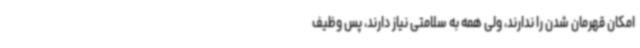
امکان قهرمان شدن را ندارند، ولی همه به سلامتی نیاز دارند، پس وظیف